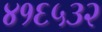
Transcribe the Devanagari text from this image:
४१६५३२